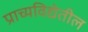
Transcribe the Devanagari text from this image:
प्राच्यविद्येतील